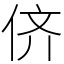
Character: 侪